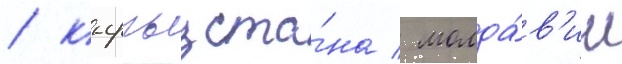
/ кыргызста́на / молда́в'ии